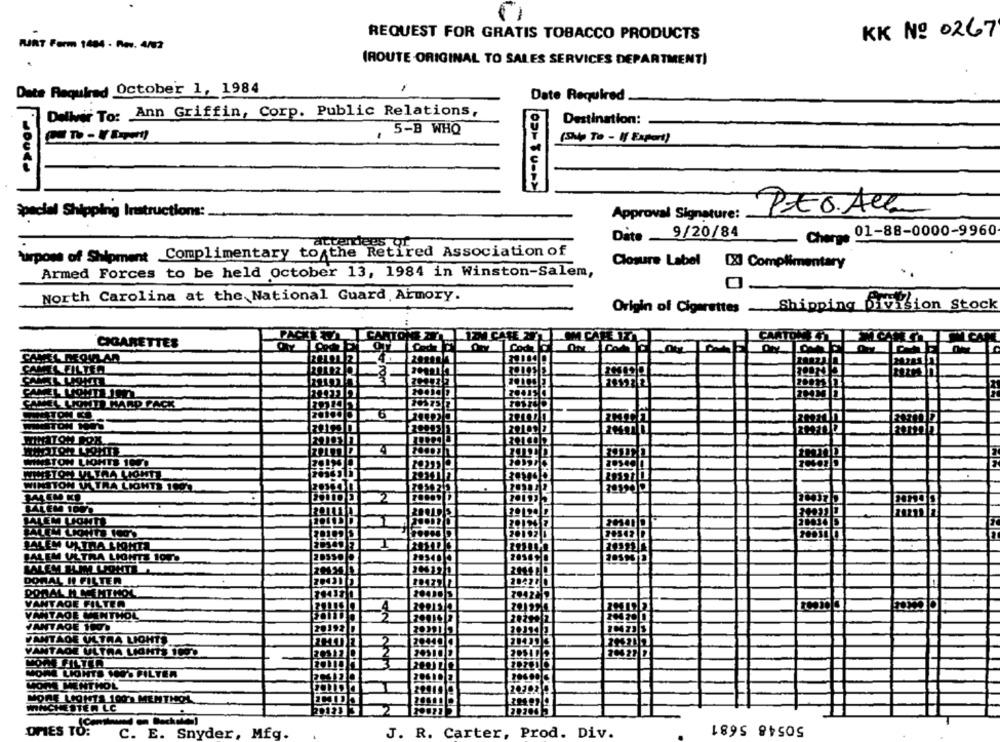
-
REQUEST FOR GRATIS TOBACCO PRODUCTS
KK No 0267
KURT Form 1484 - Rev. 4/02
(ROUTE ORIGINAL TO SALES SERVICES DEPARTMENTI
Date Required October 1, 1984
Date Required.
Deliver To: Ann Griffin, Corp. Public Relations,
Destination:
. 5-B WHQ
(9)p Te - If Expert)
special Shipping Instructions:
Approval Signature:
Pto.Alla
Date _9/20/84
Charge 01-88-0000-9960
attendees Qr
Purpose of Shipment Complimentary to the Retired Association of
Closure Label [X] Complimentary
Armed Forces to be held October 13, 1984 in Winston-Salem,
North Carolina at the National Guard, Armory.
Origin of Cigarettes _ Shipping Division Stock
CAR
O CARIZ
CANTON
CIGARETTES
AM FILTER
ANEL LONTLICY
AMEL LIONTE HARD PACK
STON NOS
ATO.T.O8
STON LIGHTS 1020
102
WINSTON ULTRA LIGHTS 1CO2
20190
BALEM LICHT!
BALEM ULTRA LIGHTE 1070
DORAL HI FILTER
DODALNCHENTHOL
VANTAGE FILTER
VANTAGE MENTHOL
VANTAGE 1001
VANTÃOE ULTRA LIGHTS
VANTAGE ULTRA LIGHTS 1090
MORE LIGHTS VOO'S FILTER
MON CHENTHOL
MORE LOGISTS 100's MEMTHOL
MANCHESTER LC
50548 5681
OPIES TO:
C. E. Snyder, Mfg.
J. R. Carter, Prod. Div.